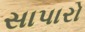
સાપારો